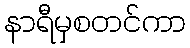
နာရီမှစတင်ကာ